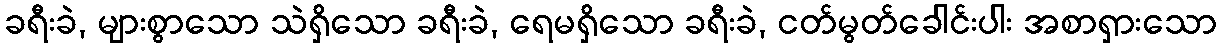
ခရီးခဲ, များစွာသော သဲရှိသော ခရီးခဲ, ရေမရှိသော ခရီးခဲ, ငတ်မွတ်ခေါင်းပါး အစာရှားသော